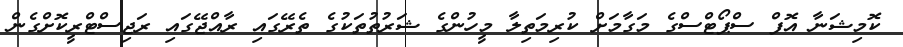
ކޮމިޝަނާ އޮފް ސްޕޯޓްސްގެ މަގާމަށް ކުރިމަތިލާ މީހުންގެ ޝަރުތުތަކުގެ ތެރޭގައި ރާއްޖޭގައި ރަޖިސްޓްރީކޮށްގެން